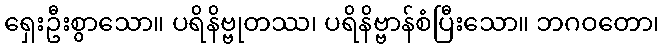
ရှေးဦးစွာသော။ ပရိနိဗ္ဗုတဿ၊ ပရိနိဗ္ဗာန်စံပြီးသော။ ဘဂဝတော၊